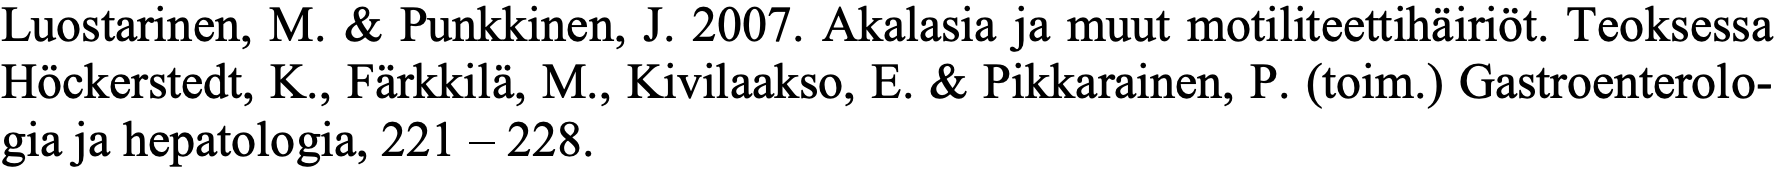
Luostarinen, M. & Punkkinen, J. 2007. Akalasia ja muut motiliteettihäiriöt. Teoksessa Höckerstedt, K., Färkkilä, M., Kivilaakso, E. & Pikkarainen, P. (toim.) Gastroenterolo- gia ja hepatologia, 221 – 228.